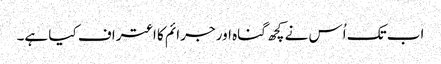
اب تک اُس نے کچھ گناہ اور جرائم کا اعتراف کیا ہے۔